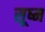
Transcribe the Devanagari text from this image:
सूष्म